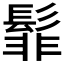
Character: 𮫊